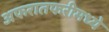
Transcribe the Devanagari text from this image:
अफरातफरीमध्ये